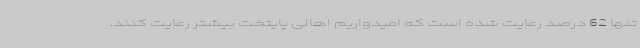
تنها 62 درصد رعایت شده است که امیدواریم اهالی پایتخت بیشتر رعایت کنند.